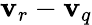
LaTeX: \mathbf{v}_{r}-\mathbf{v}_{q}